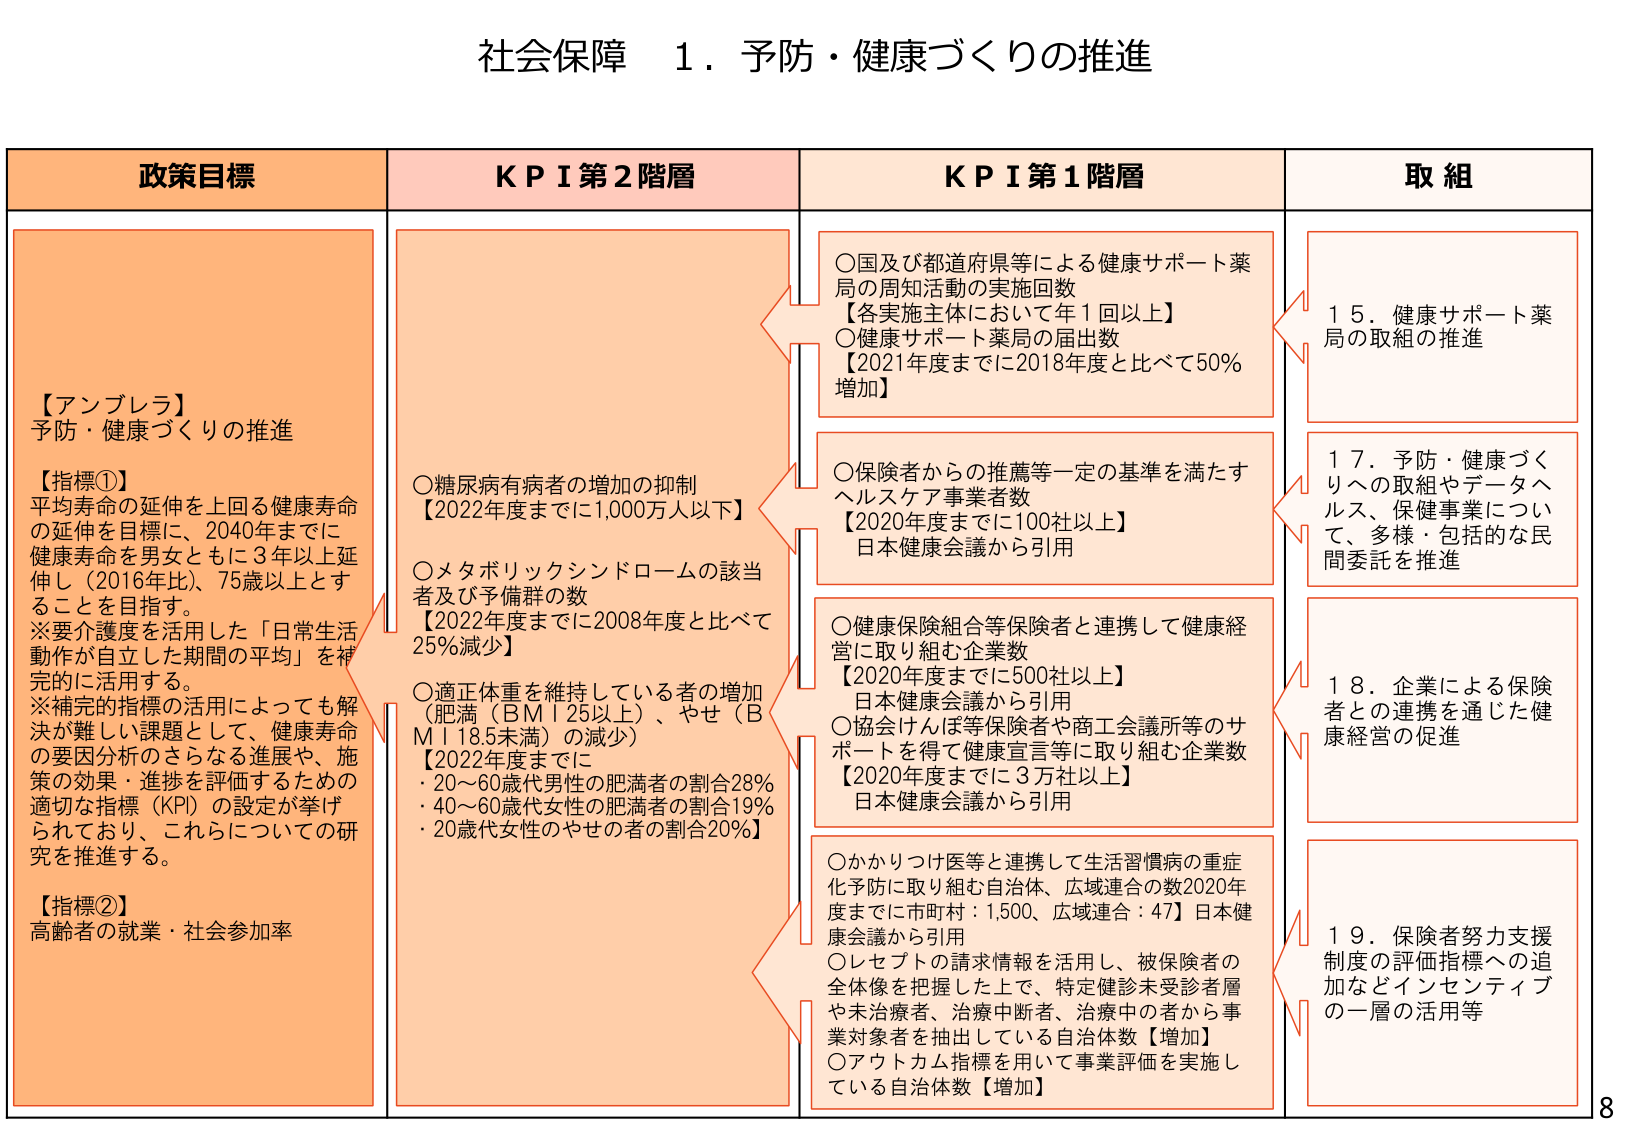
社会保障 １．予防・健康づくりの推進

政策目標

【アンブレラ】
予防・健康づくりの推進

【指標①】
平均寿命の延伸を上回る健康寿命
の延伸を目標に、2040年までに
健康寿命を男女ともに3年以上延
伸し（2016年比）、75歳以上とす
ることを目指す。
※要介護度を活用した「日常生活
動作が自立した期間の平均」を補
完的に活用する。
※補完的指標の活用によっても解
決が難しい課題として、健康寿命
の要因分析のさらなる進展や、施
策の効果・進捗を評価するための
適切な指標（KPI）の設定が挙げ
られており、これらについての研
究を推進する。

【指標②】
高齢者の就業・社会参加率

KPI 第2階層

○糖尿病有病者の増加の抑制
【2022年度までに1,000万人以下】

○メタボリックシンドロームの該当
者及び予備群の数
【2022年度までに2008年度と比べて
25%減少】

○適正体重を維持している者の増加
（肥満（BMI 25以上）、やせ（B
MI 18.5未満）の減少）
【2022年度までに
・20～60歳代男性の肥満者の割合28%
・40～60歳代女性の肥満者の割合19%
・20歳代女性のやせの者の割合20%】

KPI 第1階層

○国及び都道府県等による健康サポート薬
局の周知活動の実施回数
【各実施主体において年1回以上】
○健康サポート薬局の届出数
【2021年度までに2018年度と比べて50%
増加】

○保険者からの推薦等一定の基準を満たす
ヘルスケア事業者数
【2020年度までに100社以上】
日本健康会議から引用

○健康保険組合等保険者と連携して健康経
営に取り組む企業数
【2020年度までに500社以上】
日本健康会議から引用
○協会けんぽ等保険者や商工会議所等のサ
ポートを得て健康宣言等に取り組む企業数
【2020年度までに3万社以上】
日本健康会議から引用

○かかりつけ医等と連携して生活習慣病の重症
化予防に取り組む自治体、広域連合の数2020年
度までに市町村：1,500、広域連合：47】日本健
康会議から引用
○レセプトの請求情報活用し、被保険者の
全体像を把握した上で、特定健診未受診者層
や未治療者、治療中断者、治療中の者から事
業対象者を抽出している自治体数【増加】
○アウトカム指標を用いて事業評価を実施し
ている自治体数【増加】

取組

１５．健康サポート薬
局の取組の推進

１７．予防・健康づく
りへの取組やデータヘ
ルス、保健事業につい
て、多様・包括的な民
間委託を推進

１８．企業による保険
者との連携を通じた健
康経営の促進

１９．保険者努力支援
制度の評価指標への追
加などインセンティブ
の一層の活用等

8